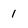
Character: 1